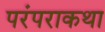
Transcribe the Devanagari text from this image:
परंपराकथा